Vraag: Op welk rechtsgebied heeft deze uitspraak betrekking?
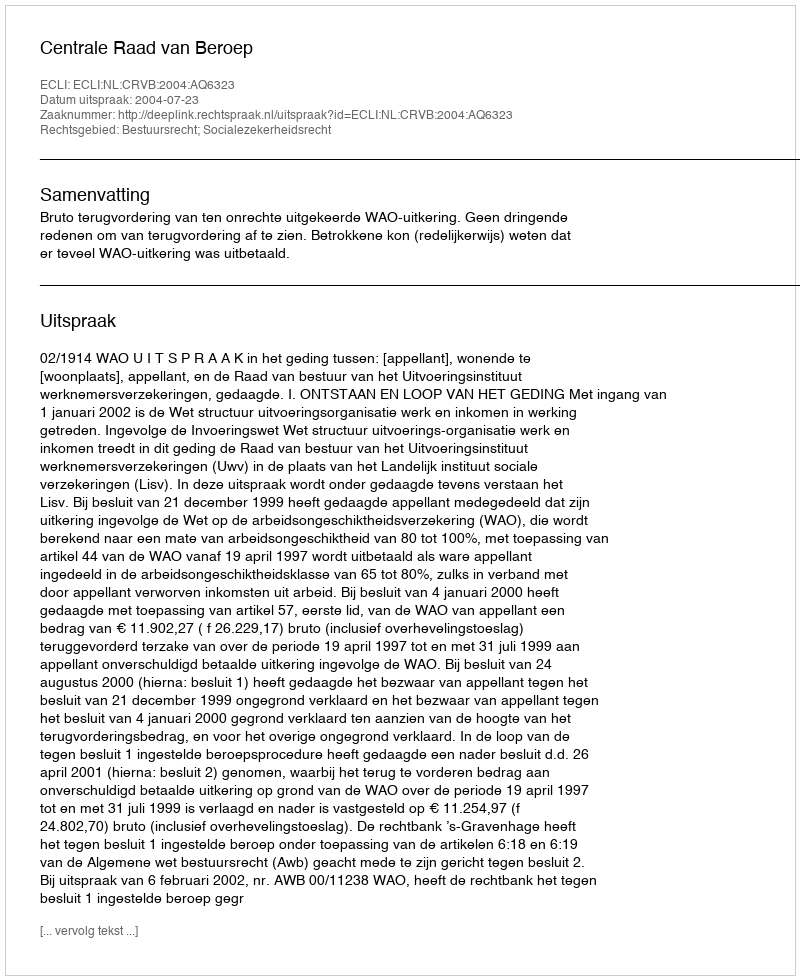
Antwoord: Bestuursrecht; Socialezekerheidsrecht